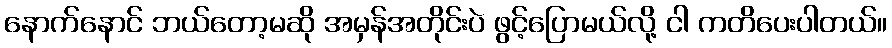
နောက်နောင် ဘယ်တော့မဆို အမှန်အတိုင်းပဲ ဖွင့်ပြောမယ်လို့ ငါ ကတိပေးပါတယ်။